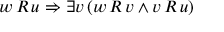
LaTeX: w \, R \, u \Rightarrow \exists v \, ( w \, R \, v \land v \, R \, u )